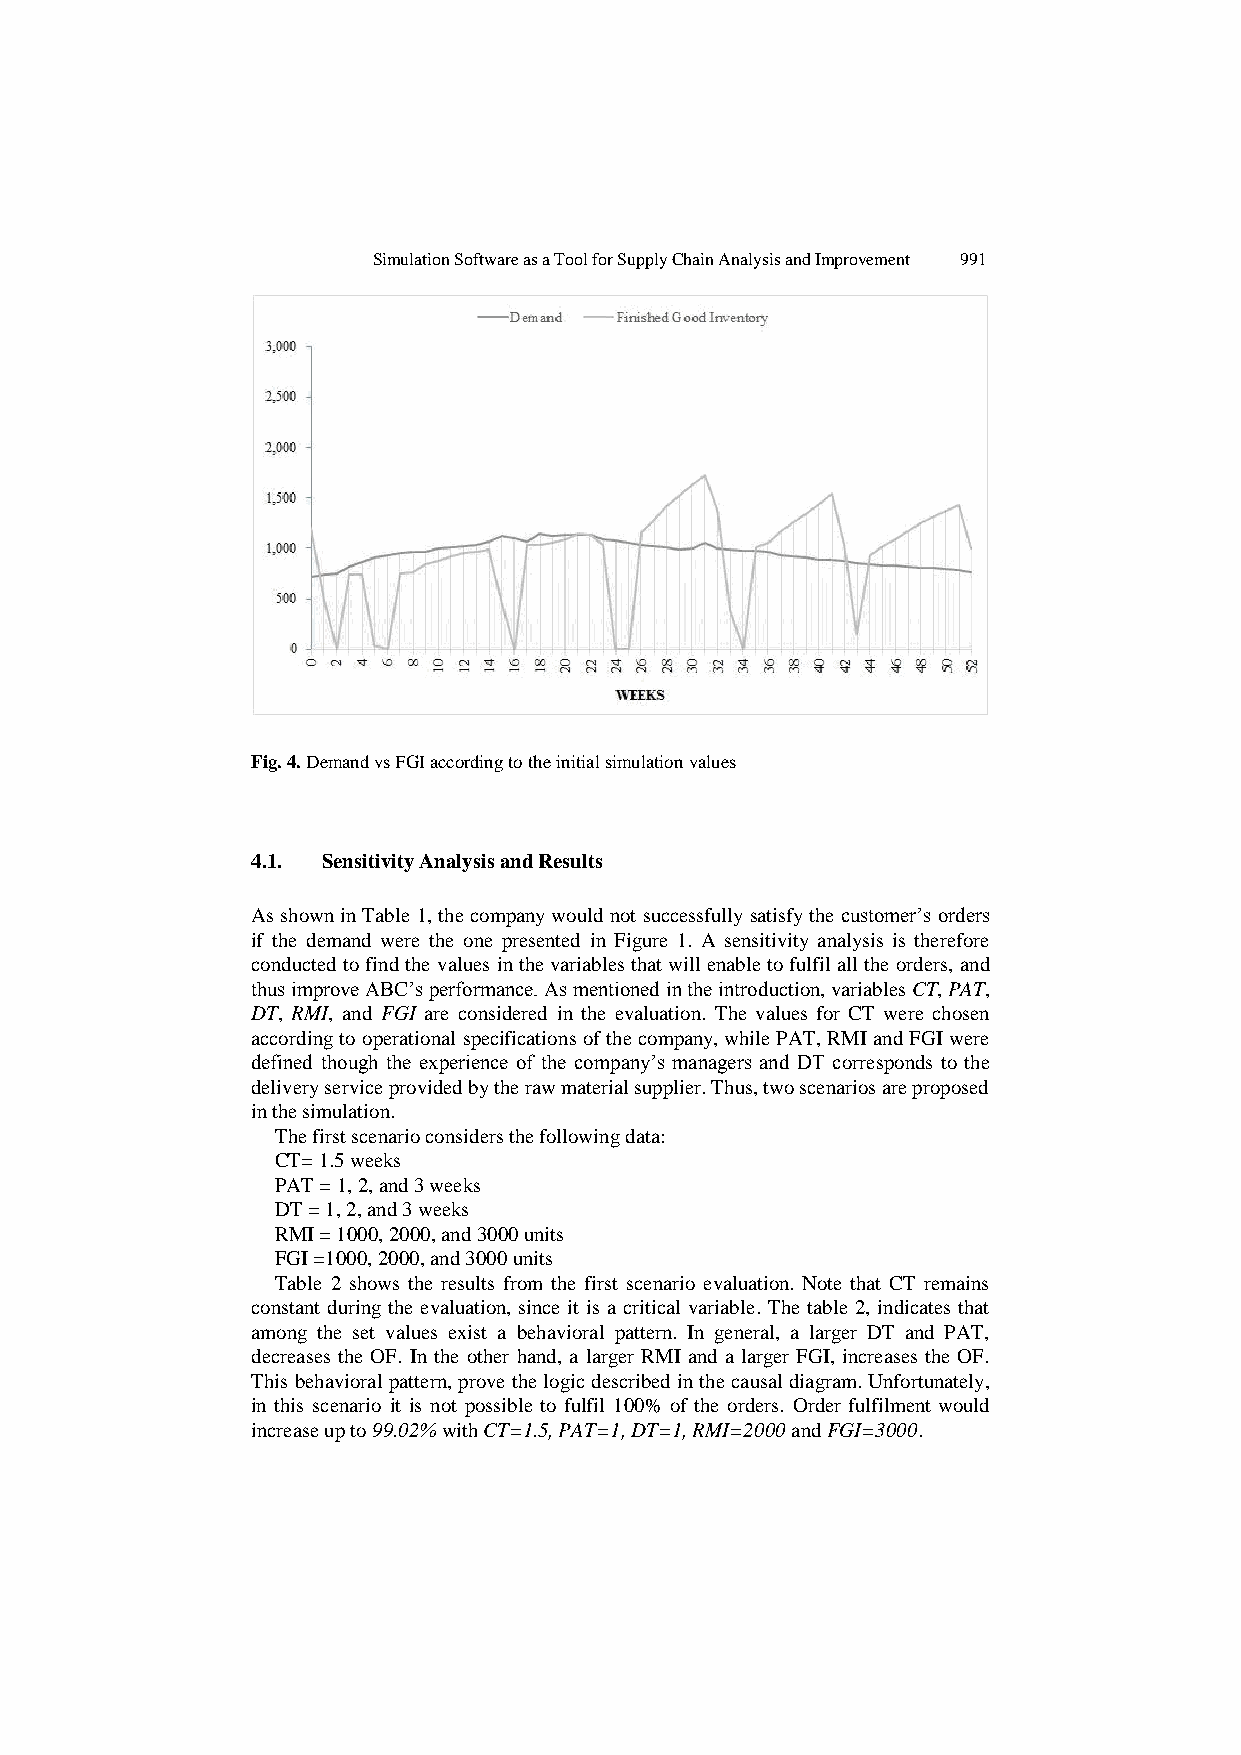
Simulation Software as a Tool for Supply Chain Analysis and Improvement 991
 Fig. 4. Demand vs FGI according to the initial simulation values
 4.1. Sensitivity Analysis and Results
 As shown in Table 1, the company would not successfully satisfy the customer‟s orders
 if the demand were the one presented in Figure 1. A sensitivity analysis is therefore
 conducted to find the values in the variables that will enable to fulfil all the orders, and
 thus improve ABC‟s performance. As mentioned in the introduction, variables CT, PAT,
 DT, RMI, and FGI are considered in the evaluation. The values for CT were chosen
 according to operational specifications of the company, while PAT, RMI and FGI were
 defined though the experience of the company‟s managers and DT corresponds to the
 delivery service provided by the raw material supplier. Thus, two scenarios are proposed
 in the simulation.
 The first scenario considers the following data:
 CT= 1.5 weeks
 PAT = 1, 2, and 3 weeks
 DT = 1, 2, and 3 weeks
 RMI = 1000, 2000, and 3000 units
 FGI =1000, 2000, and 3000 units
 Table 2 shows the results from the first scenario evaluation. Note that CT remains
 constant during the evaluation, since it is a critical variable. The table 2, indicates that
 among the set values exist a behavioral pattern. In general, a larger DT and PAT,
 decreases the OF. In the other hand, a larger RMI and a larger FGI, increases the OF.
 This behavioral pattern, prove the logic described in the causal diagram. Unfortunately,
 in this scenario it is not possible to fulfil 100% of the orders. Order fulfilment would
 increase up to 99.02% with CT=1.5, PAT=1, DT=1, RMI=2000 and FGI=3000.